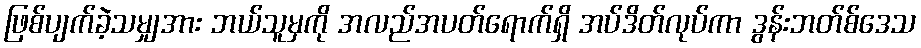
ဖြစ်ပျက်ခဲ့သမျှအား ဘယ်သူမှကို အလည်အပတ်ရောက်ရှိ အပ်ဒိတ်လုပ်ကာ ဒွန်းဘတ်စ်ဒေသ